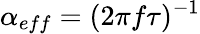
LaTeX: \alpha_{eff}=(2\pi f\tau)^{-1}